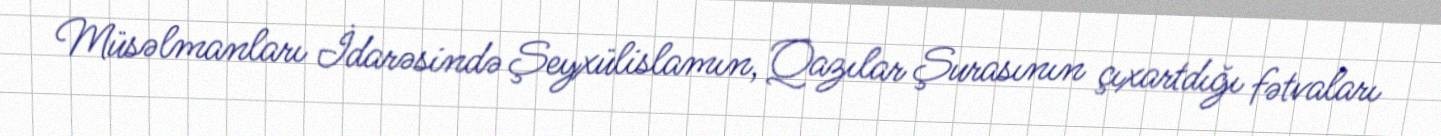
Müsəlmanları İdarəsində Şeyxülislamın, Qazılar Şurasının çıxartdığı fətvaları